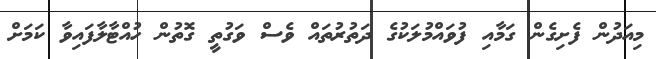
މިއަދުން ފެށިގެން ގަމާއި ފުވައްމުލަކުގެ ދަތުރުތައް ވެސް ވަގުތީ ގޮތުން ހުއްޓާލާފައިވާ ކަމަށް